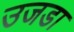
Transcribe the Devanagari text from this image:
उजडा